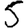
Digit: 5